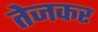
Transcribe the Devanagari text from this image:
तेजकर